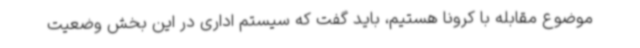
موضوع مقابله با کرونا هستیم، باید گفت که سیستم اداری در این بخش وضعیت